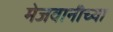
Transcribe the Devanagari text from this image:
मेजवानीच्या